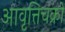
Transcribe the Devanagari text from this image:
आवृत्तिचक्रों